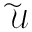
\widetilde { \mathcal { U } }